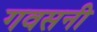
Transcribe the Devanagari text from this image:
गवसनी